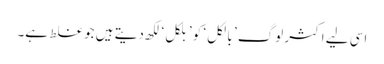
اسی لیے اکثر لوگ ’ بالکل ‘ کو ’بلکل‘ لکھ دیتے ہیں جو غلط ہے۔